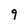
Character: 9